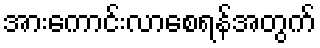
အားကောင်းလာစေရန်အတွက်